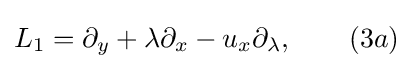
L_{1}=\partial _{y}+\lambda \partial _{x}-u_{x}\partial _{\lambda },\qquad (3a)